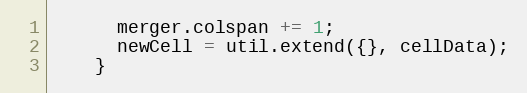
Language: JavaScript
      merger.colspan += 1;
      newCell = util.extend({}, cellData);
    }